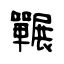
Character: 囅